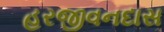
હરજીવનદાસ